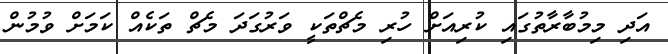
އަދި މިމުބާރާތުގައި ކުރިއަށް ހުރި މެޗްތަކީ ވަރުގަދަ މެޗް ތަކެއް ކަމަށް ވުމުން